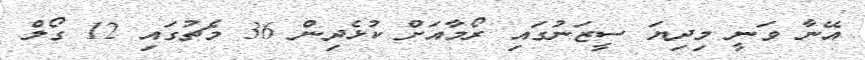
އޭނާ ވަނީ މިދިޔަ ސީޒަނުގައި ރޯމާއަށް ކުޅެދިން 36 މެޗުގައި 12 ގޯލް